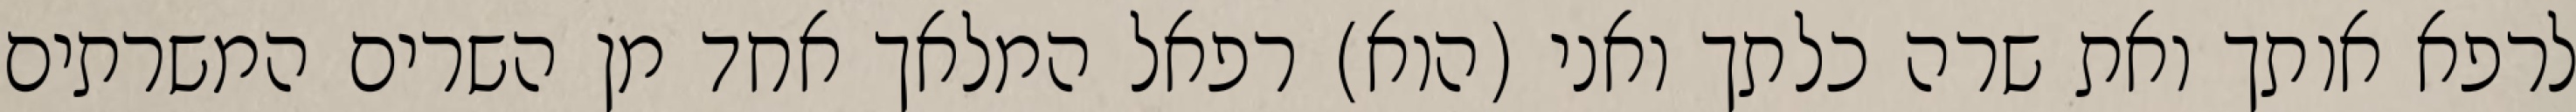
לרפא אותך ואת שרה כלתך ואני (הוא) רפאל המלאך אחד מן השרים המשרתים